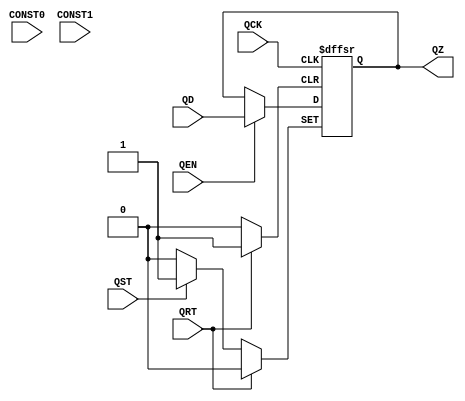
module Q_FRAG (QCK, QST, QRT, QEN, QZ, QD, CONST0, CONST1);
    (* CLOCK *)
    (* clkbuf_sink *)
    input  wire QCK;

    // Cannot model timing, VPR currently does not support async SET/RESET
    (* SETUP="QCK 1e-10" *) (* NO_COMB *)
    input  wire QST;

    // Cannot model timing, VPR currently does not support async SET/RESET
    (* SETUP="QCK 1e-10" *) (* NO_COMB *)
    input  wire QRT;

    // No timing for QEN -> QZ in LIB/SDF
    (* SETUP="QCK {setup_QCK_QEN}" *) (* NO_COMB *)
    (* HOLD="QCK {hold_QCK_QEN}" *) (* NO_COMB *)
    input  wire QEN;

    // QD can either go to CZI or QDI.
    // There is no setup/hold for CZI -> QZ. Instead there are setup/hold
    // constraints for other LOGIC inputs. Use the same timing as for QDI
    (* SETUP="QCK {setup_QCK_QDI}" *) (* NO_COMB *)
    (* HOLD="QCK {hold_QCK_QDI}" *) (* NO_COMB *)
    input  wire QD;

    // CONST0 and CONST1 are always connected to 0 and 1 respectively. Even
    // thouth they are routed through the QDS input of the LOGIC cell there
    // is no need for timing specification for them.
    (* NO_COMB *)
    input  wire CONST0;
    (* NO_COMB *)
    input  wire CONST1;

    // The output
    (* CLK_TO_Q = "QCK {iopath_QCK_QZ}" *)
    output reg  QZ;
    
    specify
        (QCK => QZ) = (0,0);
        $setup(QD, posedge QCK, "");
        $hold(posedge QCK, QD, "");
        $setup(QST, posedge QCK, "");
        $hold(posedge QCK, QST, "");
        $setup(QRT, posedge QCK, "");
        $hold(posedge QCK, QRT, "");
        $setup(QEN, posedge QCK, "");
        $hold(posedge QCK, QEN, "");
        $setup(CONST0, posedge QCK, "");
        $hold(posedge QCK, CONST0, "");
        $setup(CONST1, posedge QCK, "");
        $hold(posedge QCK, CONST1, "");
    endspecify

    // Parameters
    parameter [0:0] Z_QCKS = 1'b1;

    // The flip-flop model
    initial QZ <= 1'b0;

    generate if (Z_QCKS == 1'b1) begin
        always @(posedge QCK or posedge QST or posedge QRT) begin
            if (QST)
                QZ <= 1'b1;
            else if (QRT)
                QZ <= 1'b0;
            else if (QEN)
                QZ <= QD;
        end

    end else begin
        always @(negedge QCK or posedge QST or posedge QRT) begin
            if (QST)
                QZ <= 1'b1;
            else if (QRT)
                QZ <= 1'b0;
            else if (QEN)
                QZ <= QD;
        end

    end endgenerate

endmodule